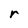
Character: r